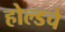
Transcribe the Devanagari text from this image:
होल्डचे